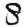
Digit: 8